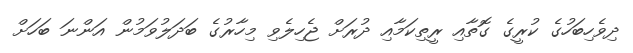
ދިވެހިބަހުގެ ކުރީގެ ގޮތާއި ރީތިކަމާއި ދުރަށް ޖެހިލެވި މިހާރުގެ ބަދަލުވަމުން އަންނަ ބަހަށް